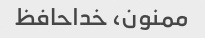
ممنون، خداحافظ